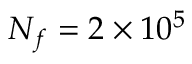
N _ { f } = 2 \times 1 0 ^ { 5 }